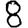
Digit: 8